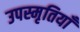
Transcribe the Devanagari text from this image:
उपस्मृतियाँ